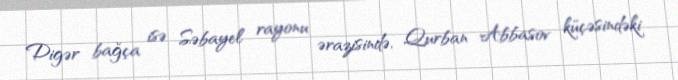
Digər bağça isə Səbayel rayonu ərazisində, Qurban Abbasov küçəsindəki